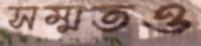
সম্মতও